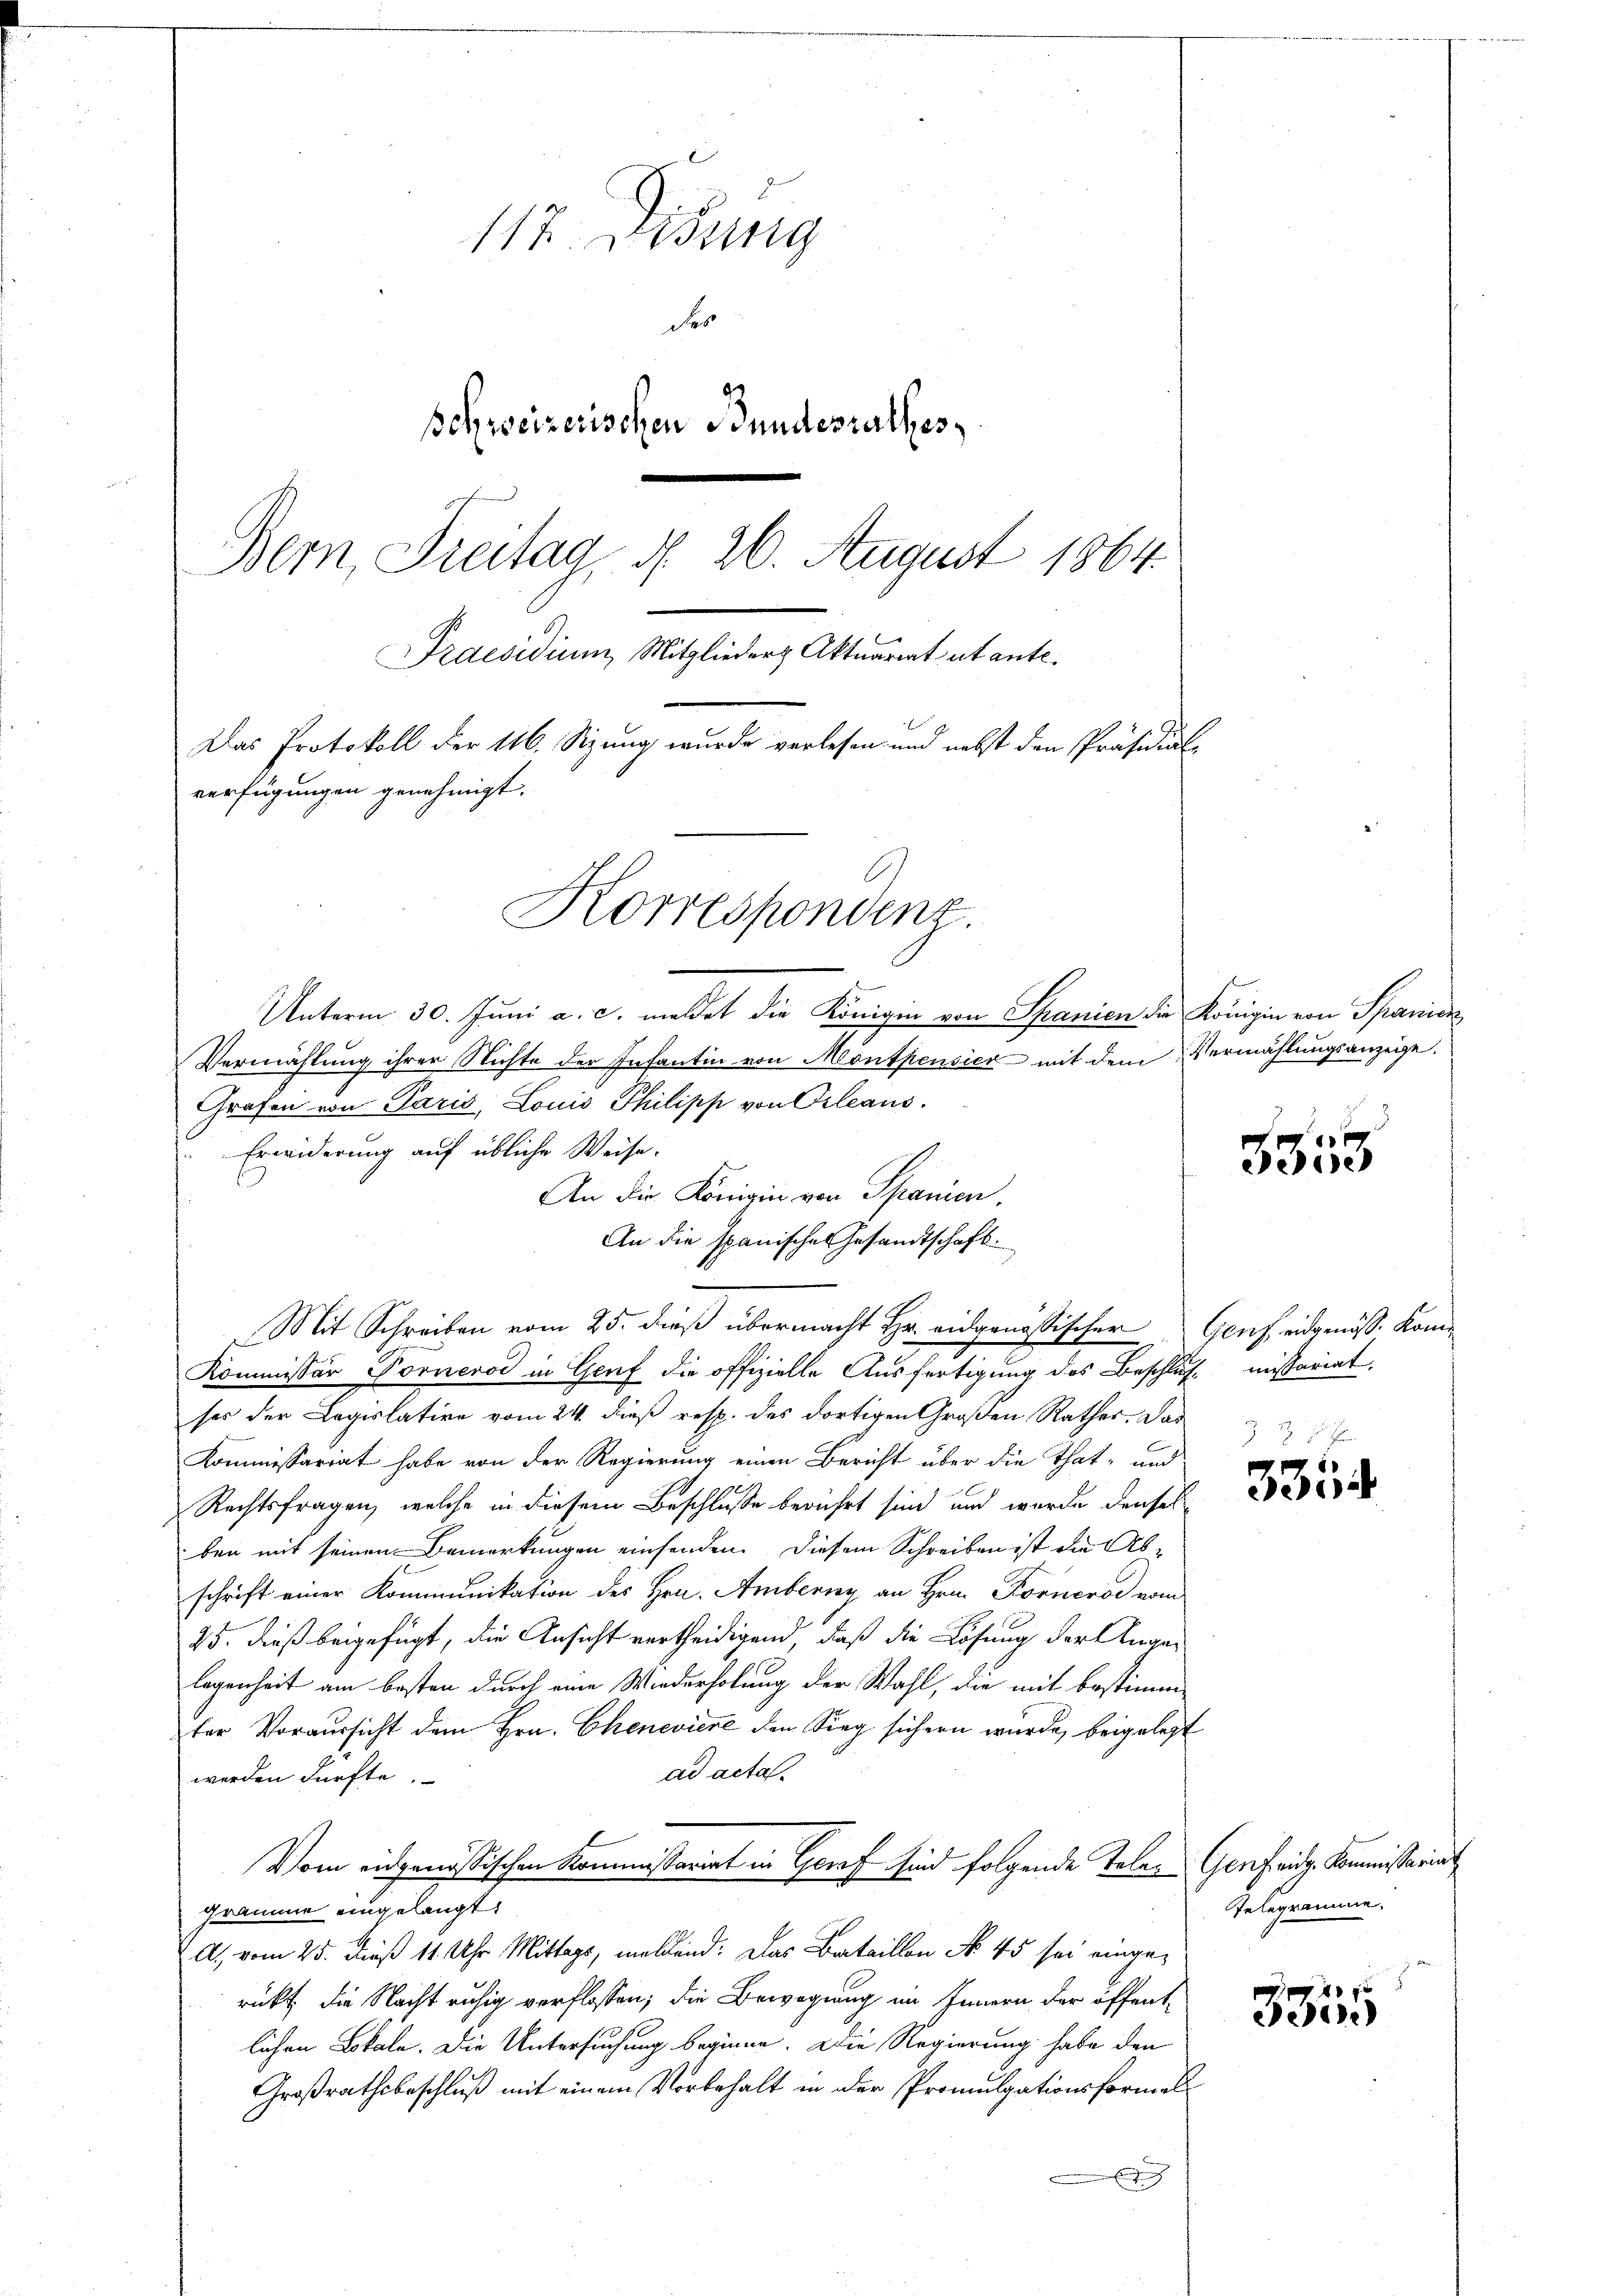
117. Didung
des
Schweizerischen Bundesrathes
Bern, Freitag d. 26. August 1864.
Praesidium Mitglieder Aktuarant et ante.
Das Protokoll der 116. Sizung wurde verlesen und nebst den Präsidial-
verfügungen genehmigt.
Korrespondenz.

Unterm 30. Juni a. c. meldet die Königin von Spanien die Königin von Spanier
Vermählung ihrer Nichte der Infantin von Montpensier mit dem Vermählungsanzeige
Grafen von Paris, Louis Philipp von Orleaus.
Erwiderung auf übliche Weise.
An die Königin von Spanien,
An die spanisches Gesandtschaft
. Mit Schreiben vom 25. dieß übermacht Hr. eidgenössischer Genf eidgenöss. Kom¬
Kommissär Forneros in Genf die offizielle Ausfertigung des Beschluß missariat
ses der Legislative vom 24. dieß resp. des dortigen Großen Rathes. Das
Kommissariat habe von der Regierung einen Bericht über die That- und
Rechtsfragen, welche in diesem Beschlusse berührt sind, und wurde denselben mit seinen Bemerkungen einsenden. Diesem Schreiben ist die Abschrift einer Kommunikation des Hrn. Amberny an Hrn. Körneros vom
25. dieß beigefügt, die Ansicht vertheidigend, daß die Lösung der Angelegenheit am besten durch eine Wiederholung der Wahl, die mit bestimm-
ter Voraussicht dem Hrn. Chenevière den Sieg sichern wurde, beigelegt
ad acta.
werden dürfte.
l
Vom eidgenössischen Kommissariat in Graf sind folgende Telen Genf eidg. Kommissariat
gramme eingelangt.
A., vom 25. Fuß 11 Uhr Mittags, meldend: Das Bataillon No 45 sei eingerükt, die Nacht ruhig verflossen; die Bewegung im Innern der öffentlichen Lokale. Die Untersuchung beginne. Die Regierung habe den
Großrathsbeschluß mit einem Vorbehalt in der Promulgationsformel
Eindruc

3353

e
dei

Telegramme.

35